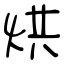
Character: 烘